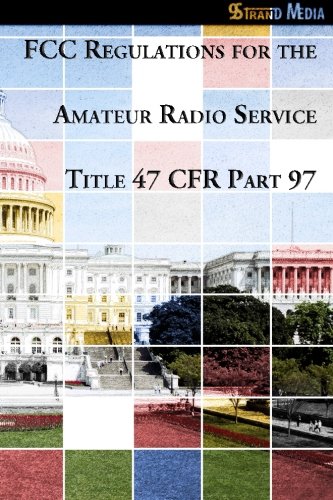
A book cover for FCC Regulations for the Amateur Radio Service - Title 47 CFR Part 97 (9Strand Books); United States Government; Law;